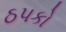
ઠપકો